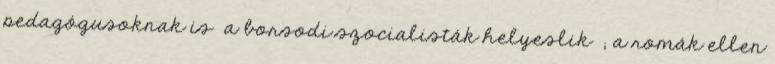
pedagógusoknak is a borsodi szocialisták helyeslik ; a romák ellen